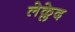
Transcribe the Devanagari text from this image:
लेक्लेद